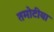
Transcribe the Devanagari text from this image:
तमोटीया